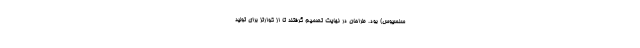
سلسیوس) بود. طراحان در نهایت تصمیم گرفتند تا از کوارتز برای تولید